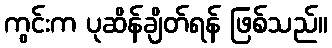
ကွင်းက ပုဆိန်ချိတ်ရန် ဖြစ်သည်။